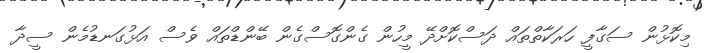
މިކޮޅުން ސަގާފީ ހަރަކާތްތައް ދަސްކޮށްދޭ މީހުން ގެންގޮސްގެން ބޭންޑްތައް ވެސް އަޅުގަނޑުމެން ސީދާ